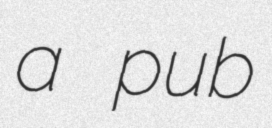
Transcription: a pub